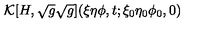
{ \cal K } [ H , \sqrt { g } \sqrt { g } ] ( \xi \eta \phi , t ; \xi _ { 0 } \eta _ { 0 } \phi _ { 0 } , 0 ) \nonumber